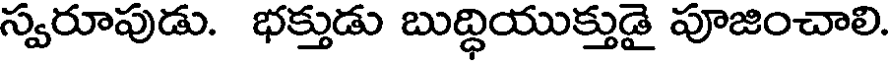
స్వరూపుడు. భక్తుడు బుద్ధియుక్తుడై పూజించాలి.